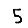
Digit: 5